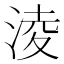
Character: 淩